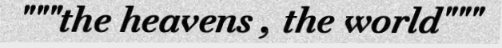
"""the heavens , the world"""